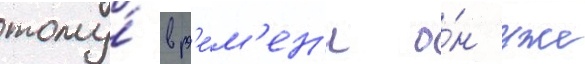
тому́ вр'е́м'ен'и о́н уже